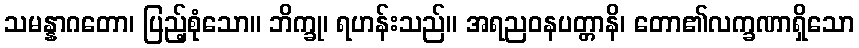
သမန္နာဂတော၊ ပြည့်စုံသော။ ဘိက္ခု၊ ရဟန်းသည်။ အရညဝနပတ္တာနိ၊ တော၏လက္ခဏာရှိသော